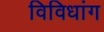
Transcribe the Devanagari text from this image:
विविधांग